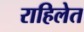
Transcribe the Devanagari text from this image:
राहिलेत